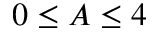
0 \leq A \leq 4